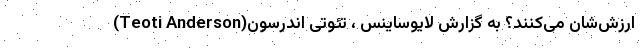
ارزش‌شان می‌کنند؟ به گزارش لایوساینس ، تئوتی اندرسون(Teoti Anderson)